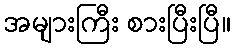
အများကြီး စားပြီးပြီ။